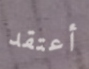
أعتقد